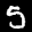
Label: 5